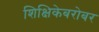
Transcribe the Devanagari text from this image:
शिक्षिकेबरोबर